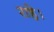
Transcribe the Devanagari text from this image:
राहे।